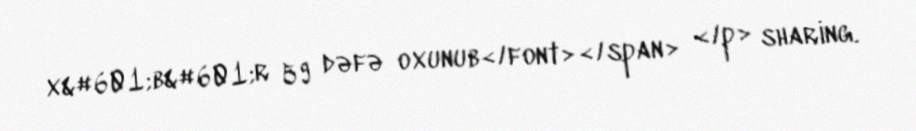
x&#601;b&#601;r 59 dəfə oxunub</font></span> </p> sharing.